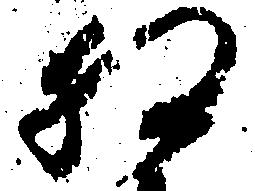
相